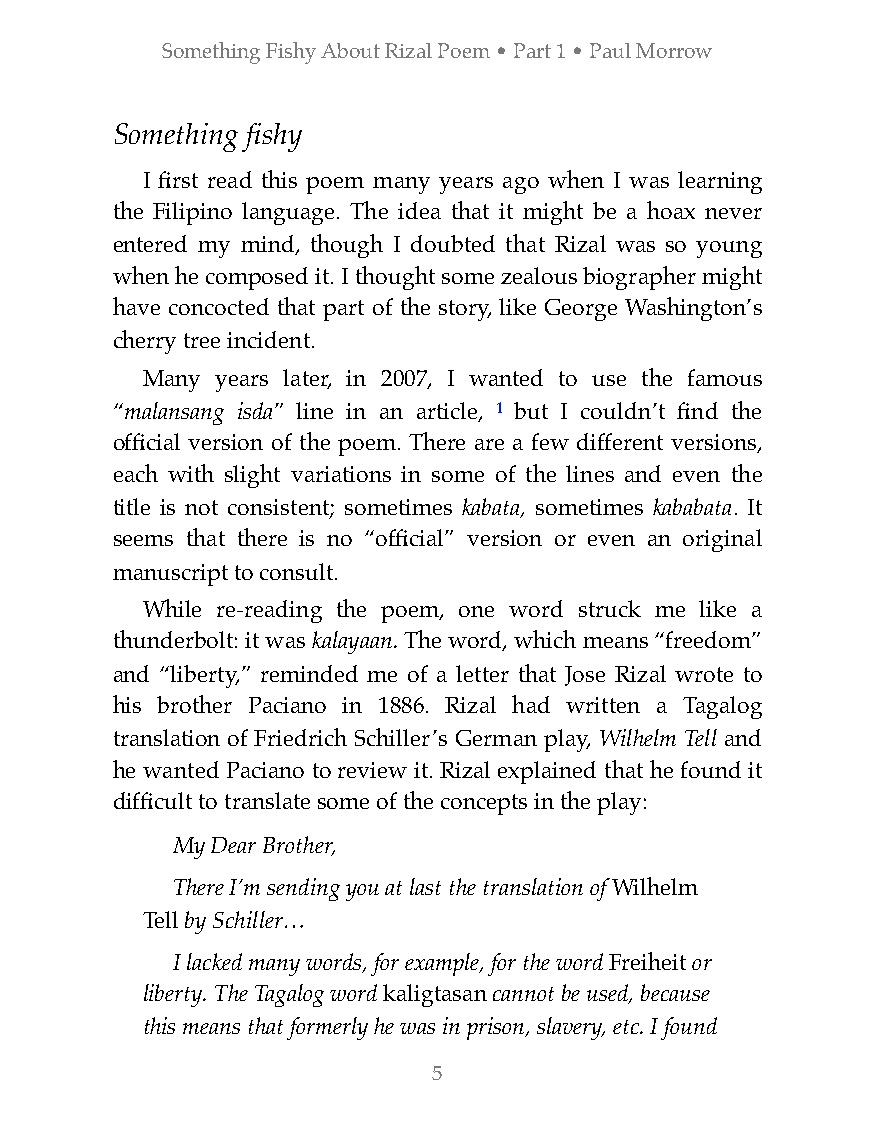
Something Fishy About Rizal Poem • Part 1 • Paul Morrow
 Something fishy
 I first read this poem many years ago when I was learning
 the Filipino language. The idea that it might be a hoax never
 entered my mind, though I doubted that Rizal was so young
 when he composed it. I thought some zealous biographer might
 have concocted that part of the story, like George Washington’s
 cherry tree incident.
 Many years later, in 2007, I wanted to use the famous
 “malansang isda” line in an article, 1 but I couldn’t find the
 official version of the poem. There are a few different versions,
 each with slight variations in some of the lines and even the
 title is not consistent; sometimes kabata, sometimes kababata. It
 seems that there is no “official” version or even an original
 manuscript to consult.
 While re-reading the poem, one word struck me like a
 thunderbolt: it was kalayaan. The word, which means “freedom”
 and “liberty,” reminded me of a letter that Jose Rizal wrote to
 his brother Paciano in 1886. Rizal had written a Tagalog
 translation of Friedrich Schiller’s German play, Wilhelm Tell and
 he wanted Paciano to review it. Rizal explained that he found it
 difficult to translate some of the concepts in the play:
 My Dear Brother,
 There I’m sending you at last the translation of Wilhelm
 Tell by Schiller…
 I lacked many words, for example, for the word Freiheit or
 liberty. The Tagalog word kaligtasan cannot be used, because
 this means that formerly he was in prison, slavery, etc. I found
 5